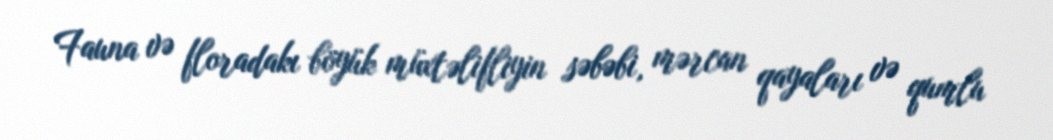
Fauna və floradakı böyük müxtəlifliyin səbəbi, mərcan qayaları və qumlu